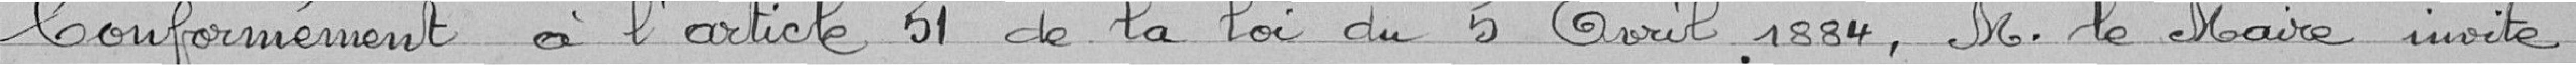
Conformément à l'article 51 de la loi du 5 Avril 1884, M. le Maire invite